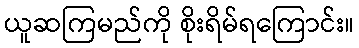
ယူဆကြမည်ကို စိုးရိမ်ရကြောင်း။